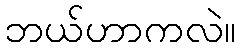
ဘယ်ဟာကလဲ။